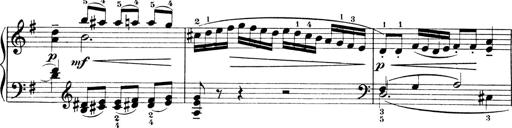
Title: 4 Sonatines
Composer: Max Reger